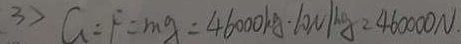
3 > G = F = m g = 4 6 0 0 0 k g \cdot 1 0 0 N / k g = 4 6 0 0 0 0 N